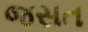
જસત